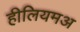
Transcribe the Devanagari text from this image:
हीलियमअ